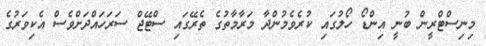
މިނިސްޓްރީން ބުނީ އިންޑޯ ހޯލުގައި ކުރެވެމުންދާ މަރާމާތުގެ ތެރޭގައި ސްޓޭޖް ސަރަހައްދަށްވެސް އެކިވަރުގެ